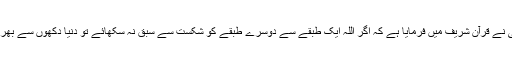
اللہ تعالیٰ نے قرآن شریف میں فرمایا ہے کہ اگر اللہ ایک طبقے سے دوسرے طبقے کو شکست سے سبق نہ سکھائے تو دنیا دکھوں سے بھر جائے ۔